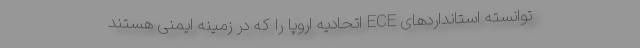
توانسته استانداردهای ECE اتحادیه اروپا را که در زمینه ایمنی هستند